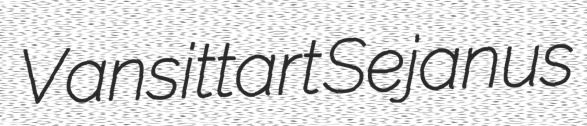
Vansittart Sejanus